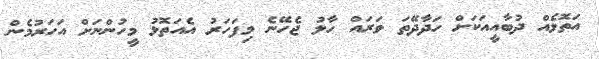
އަތޮޅެއް ދުބާއީއަކަށް ހަދާދޭތަ ވަރައް ހާލު ޖެހޭނެ މިފަހަރު އެއަތޮޅު މީހުންނަށް އަހަރުމެން